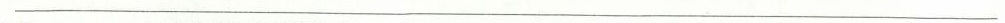
___